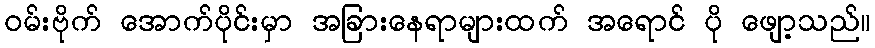
ဝမ်းဗိုက် အောက်ပိုင်းမှာ အခြားနေရာများထက် အရောင် ပို ဖျော့သည်။